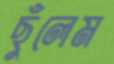
ছুঁলেম